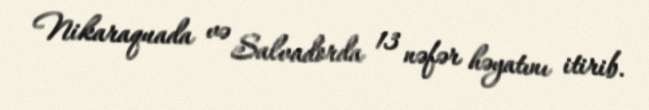
Nikaraquada və Salvadorda 13 nəfər həyatını itirib.